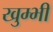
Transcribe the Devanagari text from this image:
खुम्भी